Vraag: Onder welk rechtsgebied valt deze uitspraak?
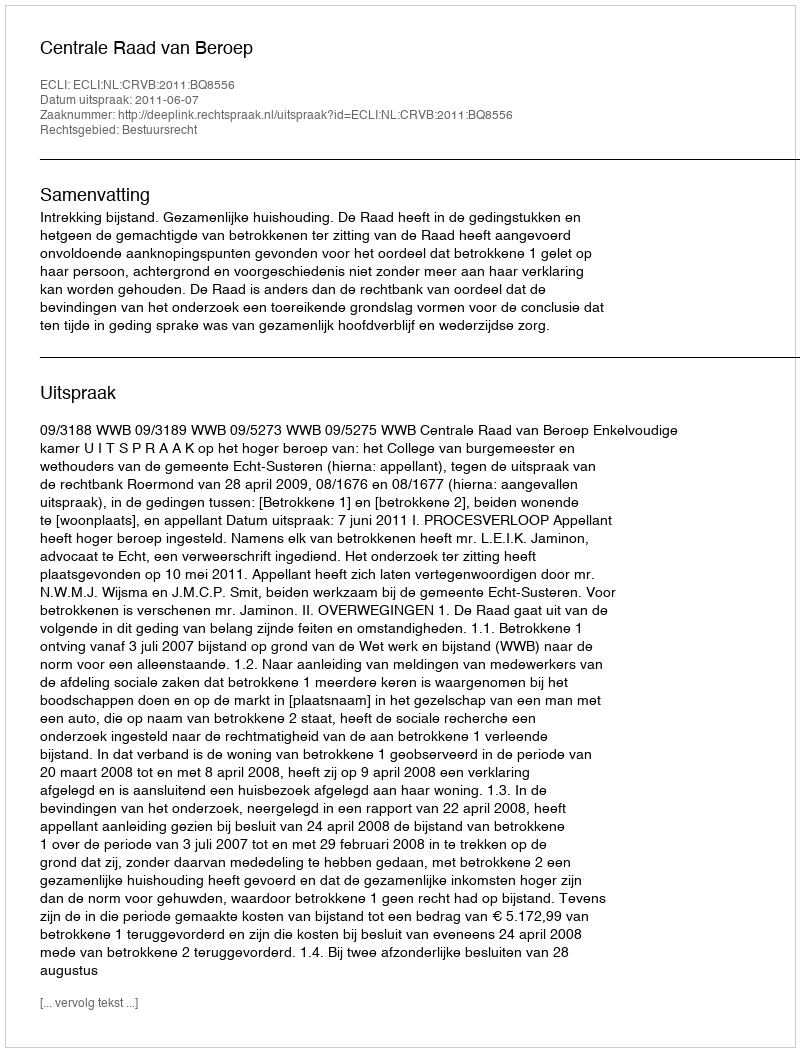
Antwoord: Bestuursrecht